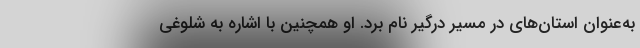
به‌عنوان استان‌های در مسیر درگیر نام برد. او همچنین با اشاره به شلوغی